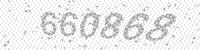
Solution: 660868